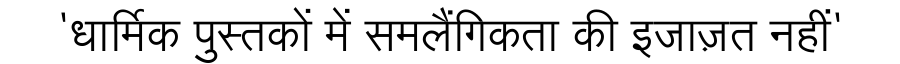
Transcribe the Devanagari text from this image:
'धार्मिक पुस्तकों में समलैंगिकता की इजाज़त नहीं'